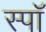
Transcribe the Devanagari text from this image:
स्पॉ